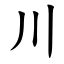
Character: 川